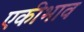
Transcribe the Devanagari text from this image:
एकीभाव